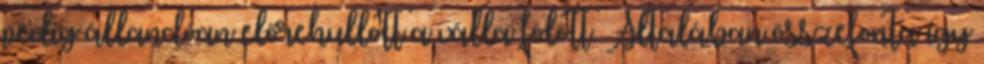
pedig állandóan előrehullott a válla fölött. Általában összefonta így